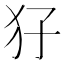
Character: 𤜭